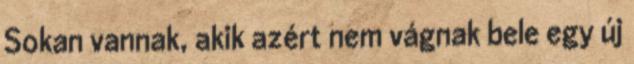
Sokan vannak, akik azért nem vágnak bele egy új